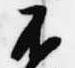
不